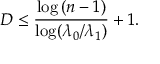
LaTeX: D \leq { \frac { \log { ( n - 1 ) } } { \log ( \lambda _ { 0 } / \lambda _ { 1 } ) } } + 1 .